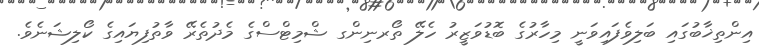
އިންތިޚާބުގައި ބަލިވެފައިވަނީ މިހާރުގެ ބޮޑުވަޒީރު ހެލޭ ތޯރނިންގ ޝްމިޓްސްގެ މެދުތެރޭ ވާތުފިޔައިގެ ކޯލިޝަނެވެ.